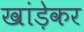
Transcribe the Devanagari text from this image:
खांड़ेकर